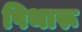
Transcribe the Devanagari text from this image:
पिथारू